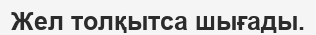
Жел толқытса шығады.